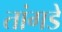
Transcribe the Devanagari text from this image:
तांगडे